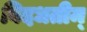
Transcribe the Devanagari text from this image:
विदधतीम्